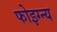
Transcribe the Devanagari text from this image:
फोइग्न्य